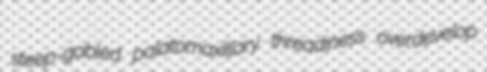
steep-gabled palatomaxillary threadiness overdevelop